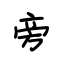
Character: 旁